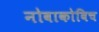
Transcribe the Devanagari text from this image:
नोवाकोविच